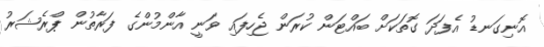
އޮނިގަނޑު އެފަދަ ގޮތަކަށް ބައްޓަން ކުރަން ޖެހިފައި ވަނީ އާންމުންގެ ފަރާތުން ޕްރެޝަރު